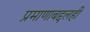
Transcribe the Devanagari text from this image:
प्रमाणाबद्दलही